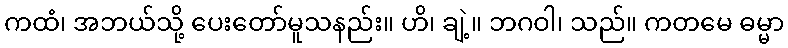
ကထံ၊ အဘယ်သို့ ပေးတော်မူသနည်း။ ဟိ၊ ချဲ့။ ဘဂဝါ၊ သည်။ ကတမေ ဓမ္မာ